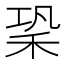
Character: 䅃